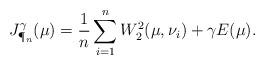
LaTeX: \begin{align*}J_{\P_n}^{\gamma}(\mu) = \frac{1}{n}\sum_{i=1}^n W_2^2(\mu,\nu_i)+\gamma E(\mu).\end{align*}